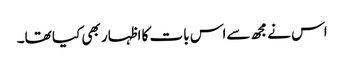
اس نے مجھ سےاس بات کا اظہار بھی کیا تھا۔